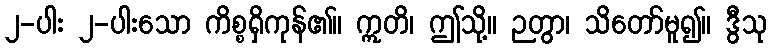
၂-ပါး ၂-ပါးသော ကိစ္စရှိကုန်၏။ ဣတိ၊ ဤသို့။ ဉတွာ၊ သိတော်မူ၍။ ဒွီသု